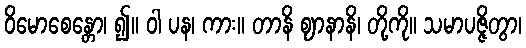
ဝိမောစေန္တော၊ ၍။ ဝါ ပန၊ ကား။ တာနိ ဈာနာနိ၊ တို့ကို။ သမာပဇ္ဇိတွာ၊